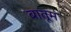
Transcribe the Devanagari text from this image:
बातूम